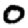
Digit: 0